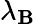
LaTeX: \lambda_{\mathbf{B}}